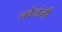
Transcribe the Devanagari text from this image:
नवेलंनी